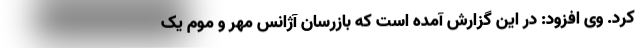
کرد. وی افزود: در این گزارش آمده است که بازرسان آژانس مهر و موم یک